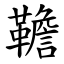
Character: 韂